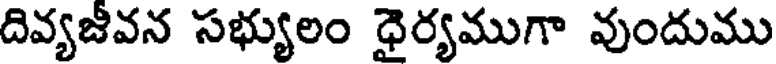
దివ్యజీవన సభ్యులం ధైర్యముగా వుందుము